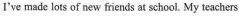
I've made lots of new friends at school. My teachers